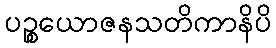
ပဉ္စယောဇနသတိကာနိပိ